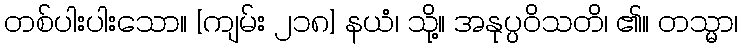
တစ်ပါးပါးသော။ [ကျမ်း ၂၁၈] နယံ၊ သို့။ အနုပ္ပဝိသတိ၊ ၏။ တသ္မာ၊